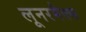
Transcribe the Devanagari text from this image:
लूनरमैक्स